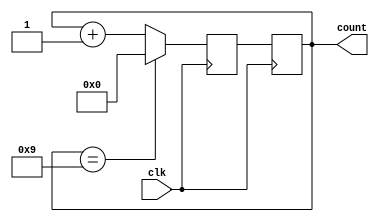
module decade_counter (
    input wire clk,
    output reg [3:0] count
);

reg [3:0] next_count;

always @(posedge clk) begin
    if (count == 4'b1001) begin
        next_count <= 4'b0000;
    end else begin
        next_count <= count + 1;
    end
end

always @(posedge clk) begin
    count <= next_count;
end

endmodule